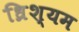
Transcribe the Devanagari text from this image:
ध्रिश्यम